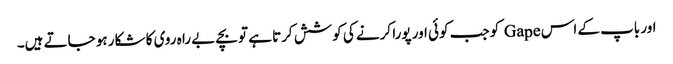
اور باپ کے اس Gape کو جب کوئی اور پورا کرنے کی کوشش کرتا ہے تو بچے بے را ہ روی کا شکار ہو جاتے ہیں۔